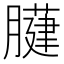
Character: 𦡐